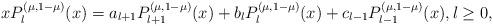
LaTeX: \begin{align*}xP^{(\mu,1-\mu)}_{l}(x)=a_{l+1} P^{(\mu,1-\mu)}_{l+1}(x)+b_{l}P^{(\mu,1-\mu)}_{l}(x)+c_{l-1}P^{(\mu,1-\mu)}_{l-1}(x), l\geq 0,\end{align*}